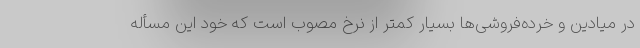
در میادین و خرده‌فروشی‌ها بسیار کمتر از نرخ مصوب است که خود این مسأله